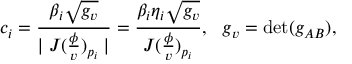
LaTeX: c _ { i } = \frac { \beta _ { i } \sqrt { g _ { v } } } { \mid J ( \frac \phi v ) _ { p _ { i } } \mid } = \frac { \beta _ { i } \eta _ { i } \sqrt { g _ { v } } } { J ( \frac \phi v ) _ { p _ { i } } } , \, \, \, \, g _ { v } = \operatorname * { d e t } ( g _ { A B } ) ,